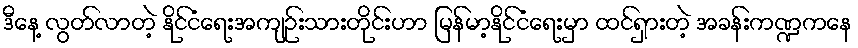
ဒီနေ့ လွတ်လာတဲ့ နိုင်ငံရေးအကျဉ်းသားတိုင်းဟာ မြန်မာ့နိုင်ငံရေးမှာ ထင်ရှားတဲ့ အခန်းကဏ္ဍကနေ